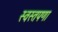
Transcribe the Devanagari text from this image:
स्वस्तपणा